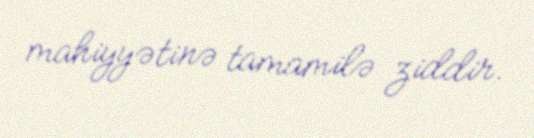
mahiyyətinə tamamilə ziddir.